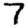
Digit: 7